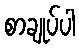
စာချုပ်ပါ